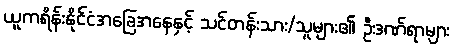
ယူကရိန်းနိုင်ငံအခြေအနေနှင့် သင်တန်းသား/သူများ၏ ဦးဒဏ်ရာများ